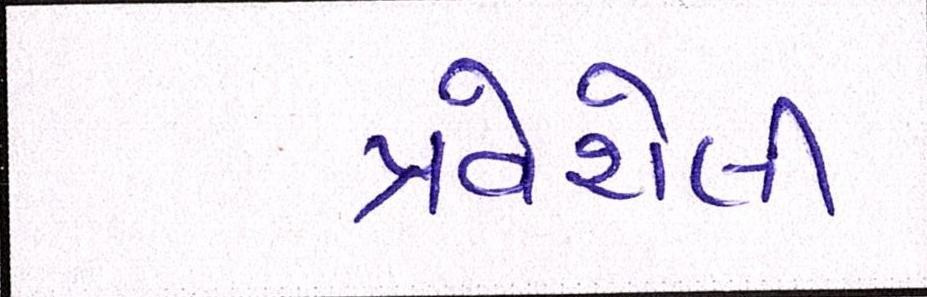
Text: પ્રવેશેલી